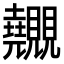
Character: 𧢬